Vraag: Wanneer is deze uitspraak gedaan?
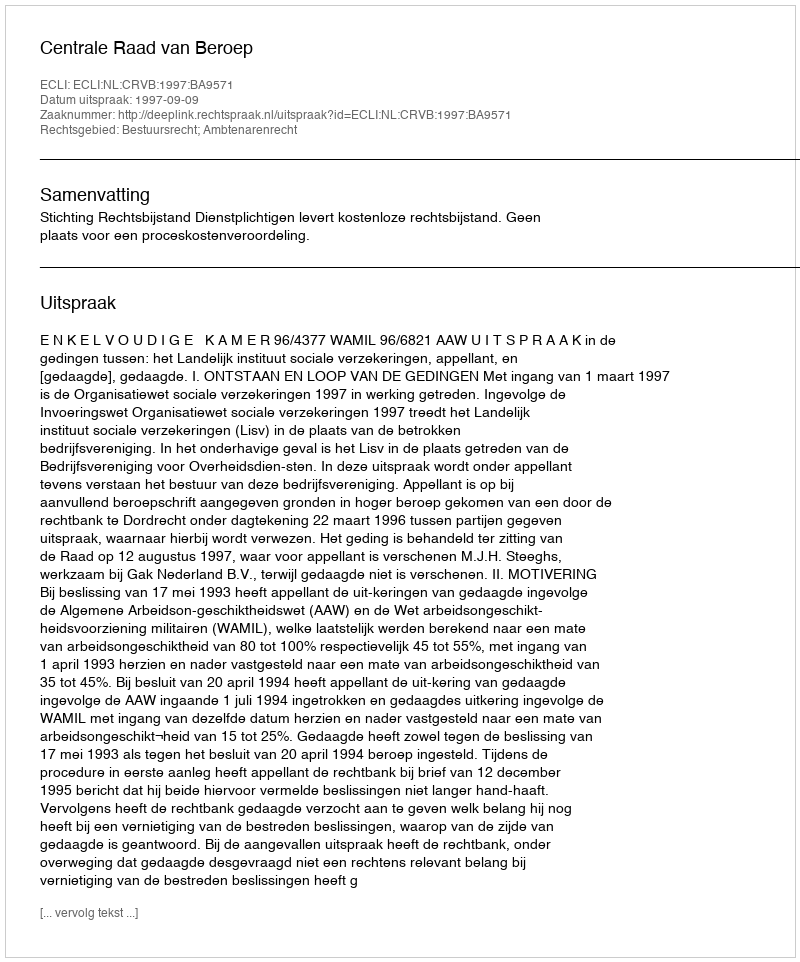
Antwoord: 1997-09-09